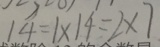
1 4 = 1 \times 1 4 = 2 \times 7